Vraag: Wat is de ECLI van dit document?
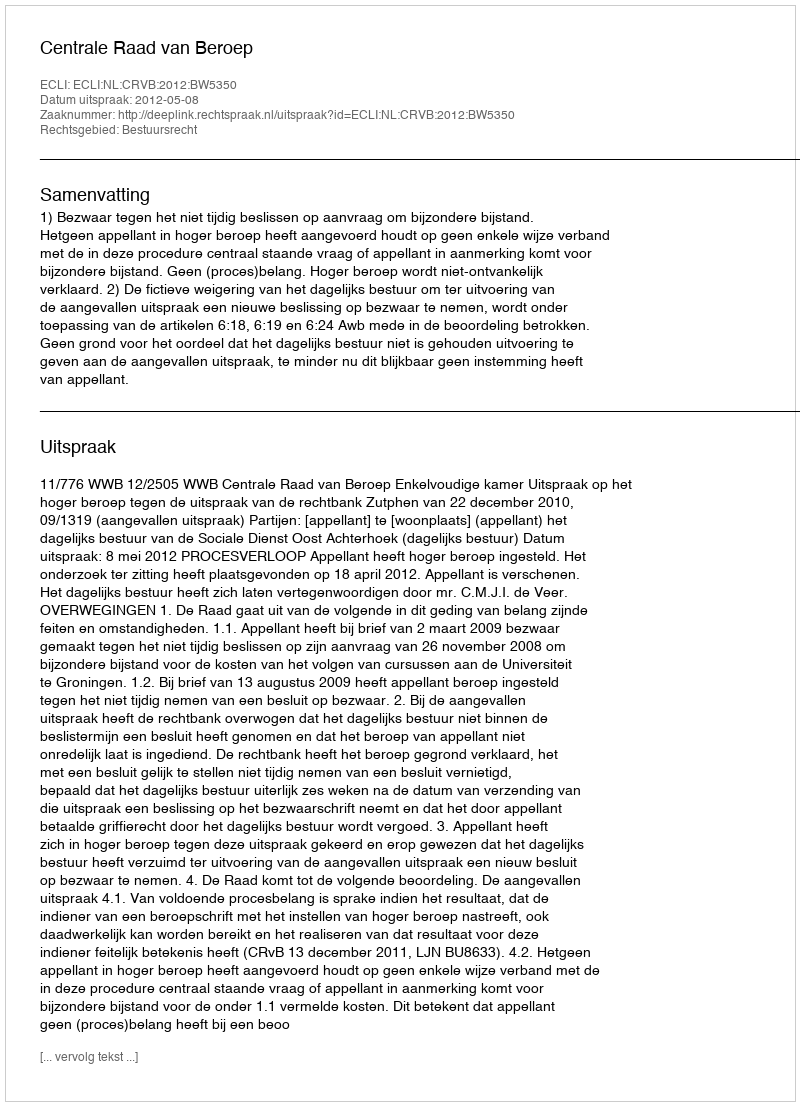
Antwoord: ECLI:NL:CRVB:2012:BW5350